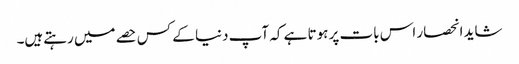
شاید انحصار اس بات پر ہوتا ہے کہ آپ دنیا کے کس حصے میں رہتےہیں۔